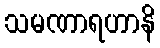
သမဏာရဟာနိ